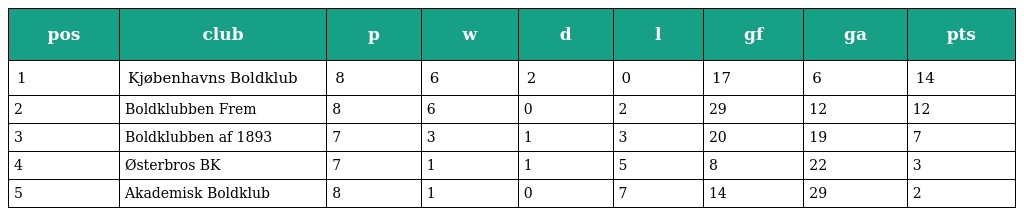
| pos | club | p | w | d | l | gf | ga | pts |
 | --- | --- | --- | --- | --- | --- | --- | --- | --- |
 | 1 | Kjøbenhavns Boldklub | 8 | 6 | 2 | 0 | 17 | 6 | 14 |
 | 2 | Boldklubben Frem | 8 | 6 | 0 | 2 | 29 | 12 | 12 |
 | 3 | Boldklubben af 1893 | 7 | 3 | 1 | 3 | 20 | 19 | 7 |
 | 4 | Østerbros BK | 7 | 1 | 1 | 5 | 8 | 22 | 3 |
 | 5 | Akademisk Boldklub | 8 | 1 | 0 | 7 | 14 | 29 | 2 |